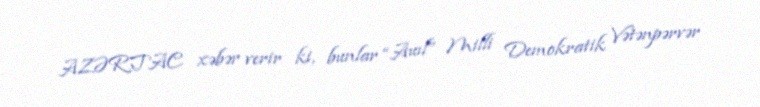
AZƏRTAC xəbər verir ki, bunlar “Auıl” Milli Demokratik Vətənpərvər